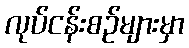
လုပ်ငန်းစဉ်များမှာ